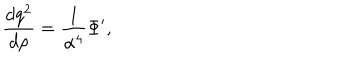
LaTeX: { \frac { d q ^ { 2 } } { d \rho } } = { \frac { 1 } { \alpha ^ { 4 } } } \Phi ^ { \prime } ,